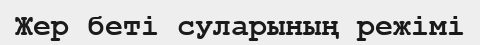
Жер беті суларының режімі